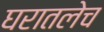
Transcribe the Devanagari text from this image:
घरातलेच